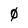
Character: 0